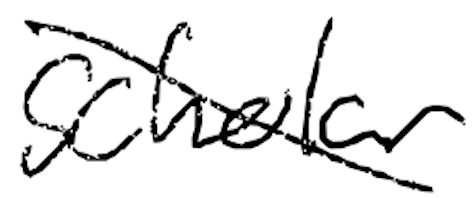
Text: scholar
Cross-out: diagonal
Writing tool: digital_black